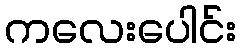
ကလေးပေါင်း